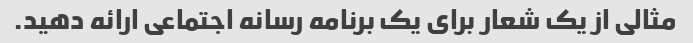
مثالی از یک شعار برای یک برنامه رسانه اجتماعی ارائه دهید.